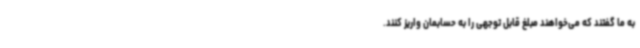
به ما گفتند که می‌خواهند مبلغ قابل توجهی را به حسابمان واریز کنند.